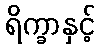
ရိက္ခာနှင့်